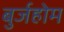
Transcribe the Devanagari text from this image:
बुर्जहोम